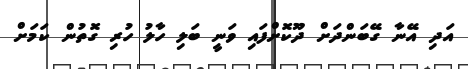
އަދި އޭނާ ގޭބަންދަށް ދޫކޮށްފައި ވަނީ ބަލި ހާލު ހުރި ގޮތުން ކަމަށް